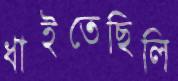
ধাইতেছিলি